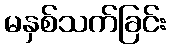
မနှစ်သက်ခြင်း